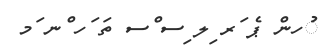
ުހން ޕެ ަރ ިލ ިސ ްސ ތަ ަހ ްނ ަމ